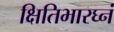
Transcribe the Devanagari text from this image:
क्षितिभारघ्नं